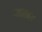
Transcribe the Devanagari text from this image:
पळमनेर